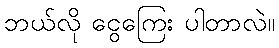
ဘယ်လို ငွေကြေး ပါတာလဲ။